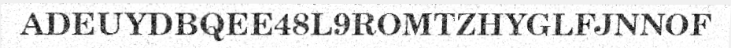
ADEUYDBQEE48L9ROMTZHYGLFJNNOF